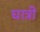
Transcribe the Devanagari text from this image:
घात्री